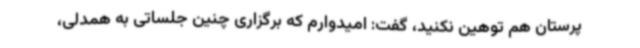
پرستان هم توهین نکنید، گفت: امیدوارم که برگزاری چنین جلساتی به همدلی،